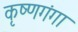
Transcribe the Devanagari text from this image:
कृष्णगंगा